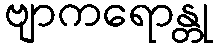
ဗျာကရောန္တု